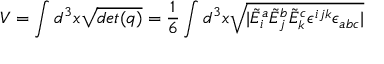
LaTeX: V = \int d ^ { 3 } x { \sqrt { d e t ( q ) } } = { \frac { 1 } { 6 } } \int d ^ { 3 } x { \sqrt { | { \tilde { E } } _ { i } ^ { a } { \tilde { E } } _ { j } ^ { b } { \tilde { E } } _ { k } ^ { c } \epsilon ^ { i j k } \epsilon _ { a b c } | } }